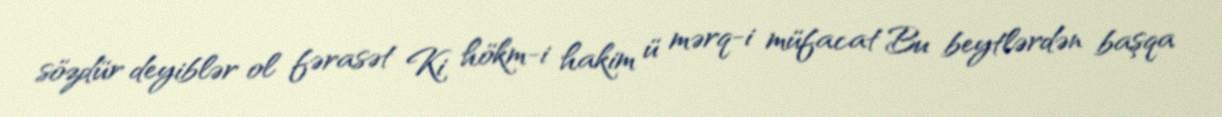
sözdür deyiblər ol fərasət Ki hökm-i hakim ü mərq-i müfacat Bu beytlərdən başqa